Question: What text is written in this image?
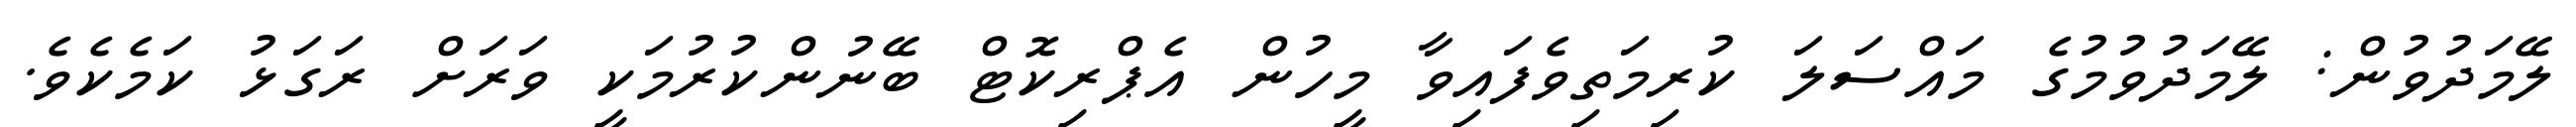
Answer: ލޭމަދުވުން: ލޭމަދުވުމުގެ މައްސަލަ ކުރިމަތިވެފައިވާ މީހުން އެޕްރިކޮޓް ބޭނުންކުރުމަކީ ވަރަށް ރަގަޅު ކަމެކެވެ.